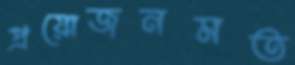
প্রয়োজনমত